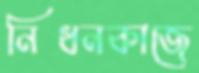
নিধনকাজে